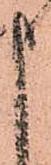
申